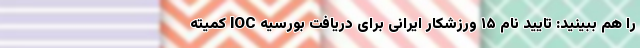
را هم ببینید: تایید نام ۱۵ ورزشکار ایرانی برای دریافت بورسیه IOC کمیته